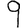
Digit: 9